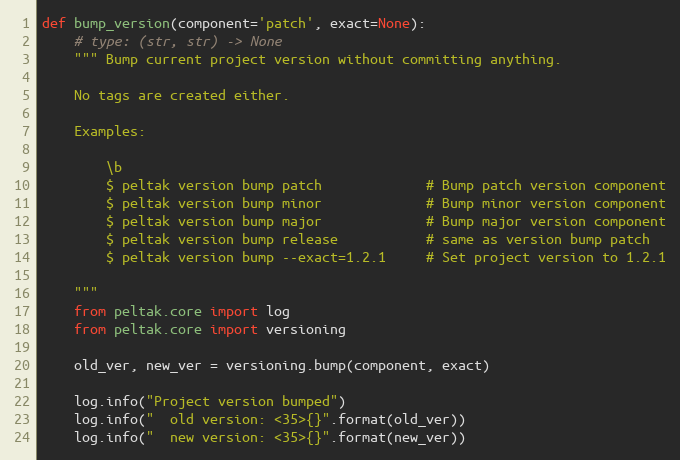
Language: Python
def bump_version(component='patch', exact=None):
    # type: (str, str) -> None
    """ Bump current project version without committing anything.

    No tags are created either.

    Examples:

        \b
        $ peltak version bump patch             # Bump patch version component
        $ peltak version bump minor             # Bump minor version component
        $ peltak version bump major             # Bump major version component
        $ peltak version bump release           # same as version bump patch
        $ peltak version bump --exact=1.2.1     # Set project version to 1.2.1

    """
    from peltak.core import log
    from peltak.core import versioning

    old_ver, new_ver = versioning.bump(component, exact)

    log.info("Project version bumped")
    log.info("  old version: <35>{}".format(old_ver))
    log.info("  new version: <35>{}".format(new_ver))